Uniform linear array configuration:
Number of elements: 48
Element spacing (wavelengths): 0.25
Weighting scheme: exponential
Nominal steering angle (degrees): -15
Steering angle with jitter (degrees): -14.352
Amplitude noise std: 0.05
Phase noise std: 0.05

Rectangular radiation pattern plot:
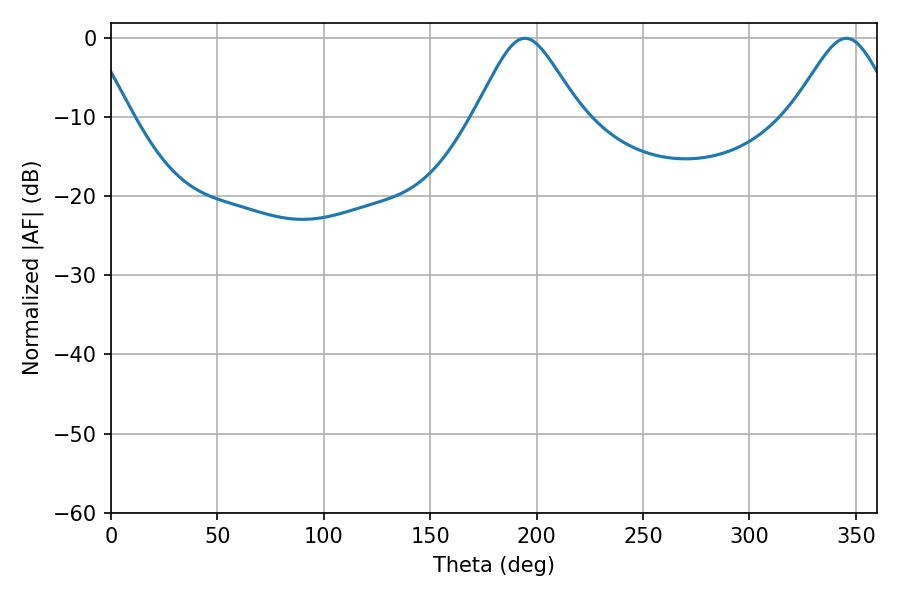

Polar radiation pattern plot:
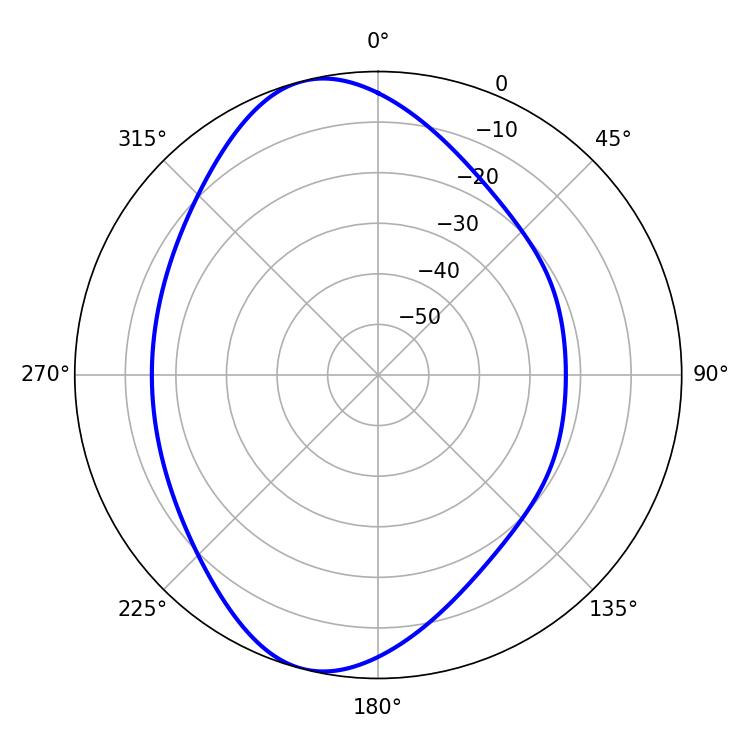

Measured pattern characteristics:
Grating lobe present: FALSE
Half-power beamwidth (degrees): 24.12
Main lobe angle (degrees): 194.4